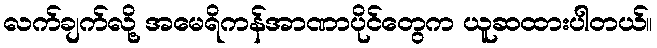
လက်ချက်လို့ အမေရိကန်အာဏာပိုင်တွေက ယူဆထားပါတယ်။